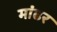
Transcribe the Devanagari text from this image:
मांढर